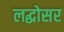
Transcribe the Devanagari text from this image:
लद्धोसर